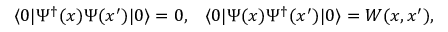
\langle 0 | \Psi ^ { \dagger } ( x ) \Psi ( x ^ { \prime } ) | 0 \rangle = 0 , \; \; \; \langle 0 | \Psi ( x ) \Psi ^ { \dagger } ( x ^ { \prime } ) | 0 \rangle = W ( x , x ^ { \prime } ) ,